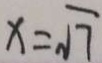
x = \sqrt { 7 }